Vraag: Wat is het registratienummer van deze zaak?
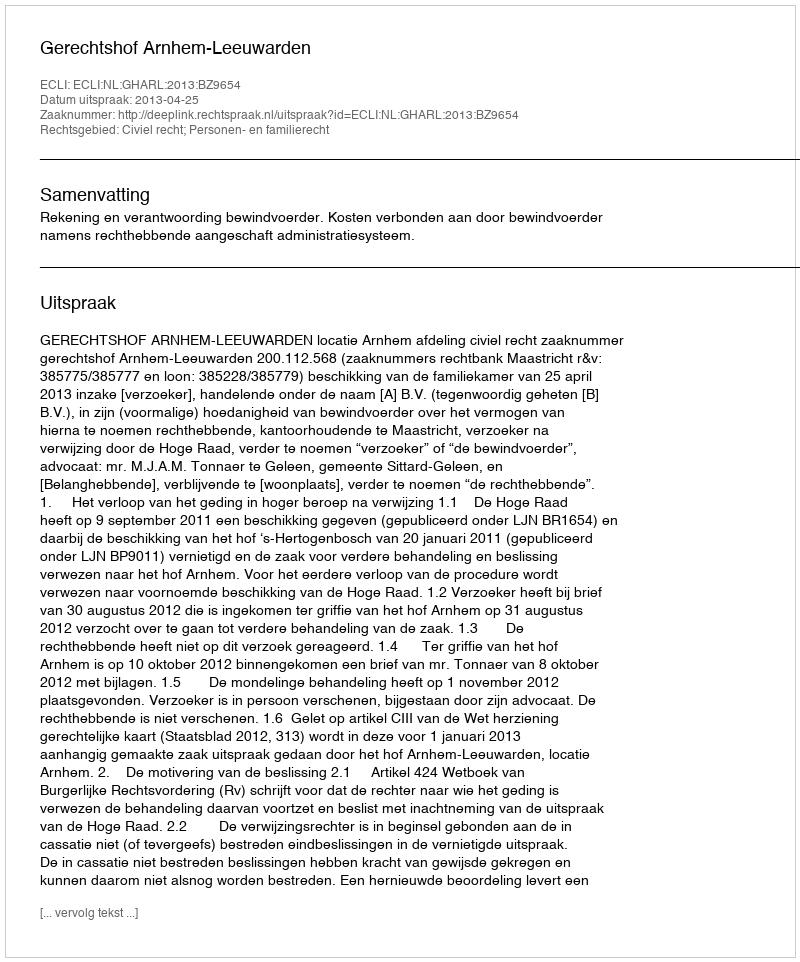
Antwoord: http://deeplink.rechtspraak.nl/uitspraak?id=ECLI:NL:GHARL:2013:BZ9654